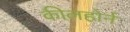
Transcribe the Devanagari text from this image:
कीलहोर्न